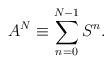
LaTeX: \begin{align*}A^N\equiv \sum_{n=0}^{N-1}S^n. \end{align*}